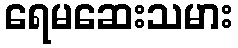
ရေမဆေးသမား